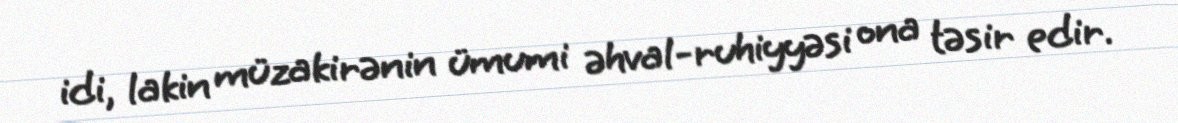
idi, lakin müzakirənin ümumi əhval-ruhiyyəsi ona təsir edir.